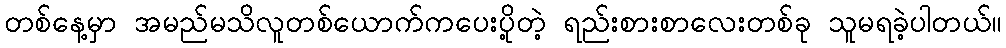
တစ်နေ့မှာ အမည်မသိလူတစ်ယောက်ကပေးပို့တဲ့ ရည်းစားစာလေးတစ်ခု သူမရခဲ့ပါတယ်။